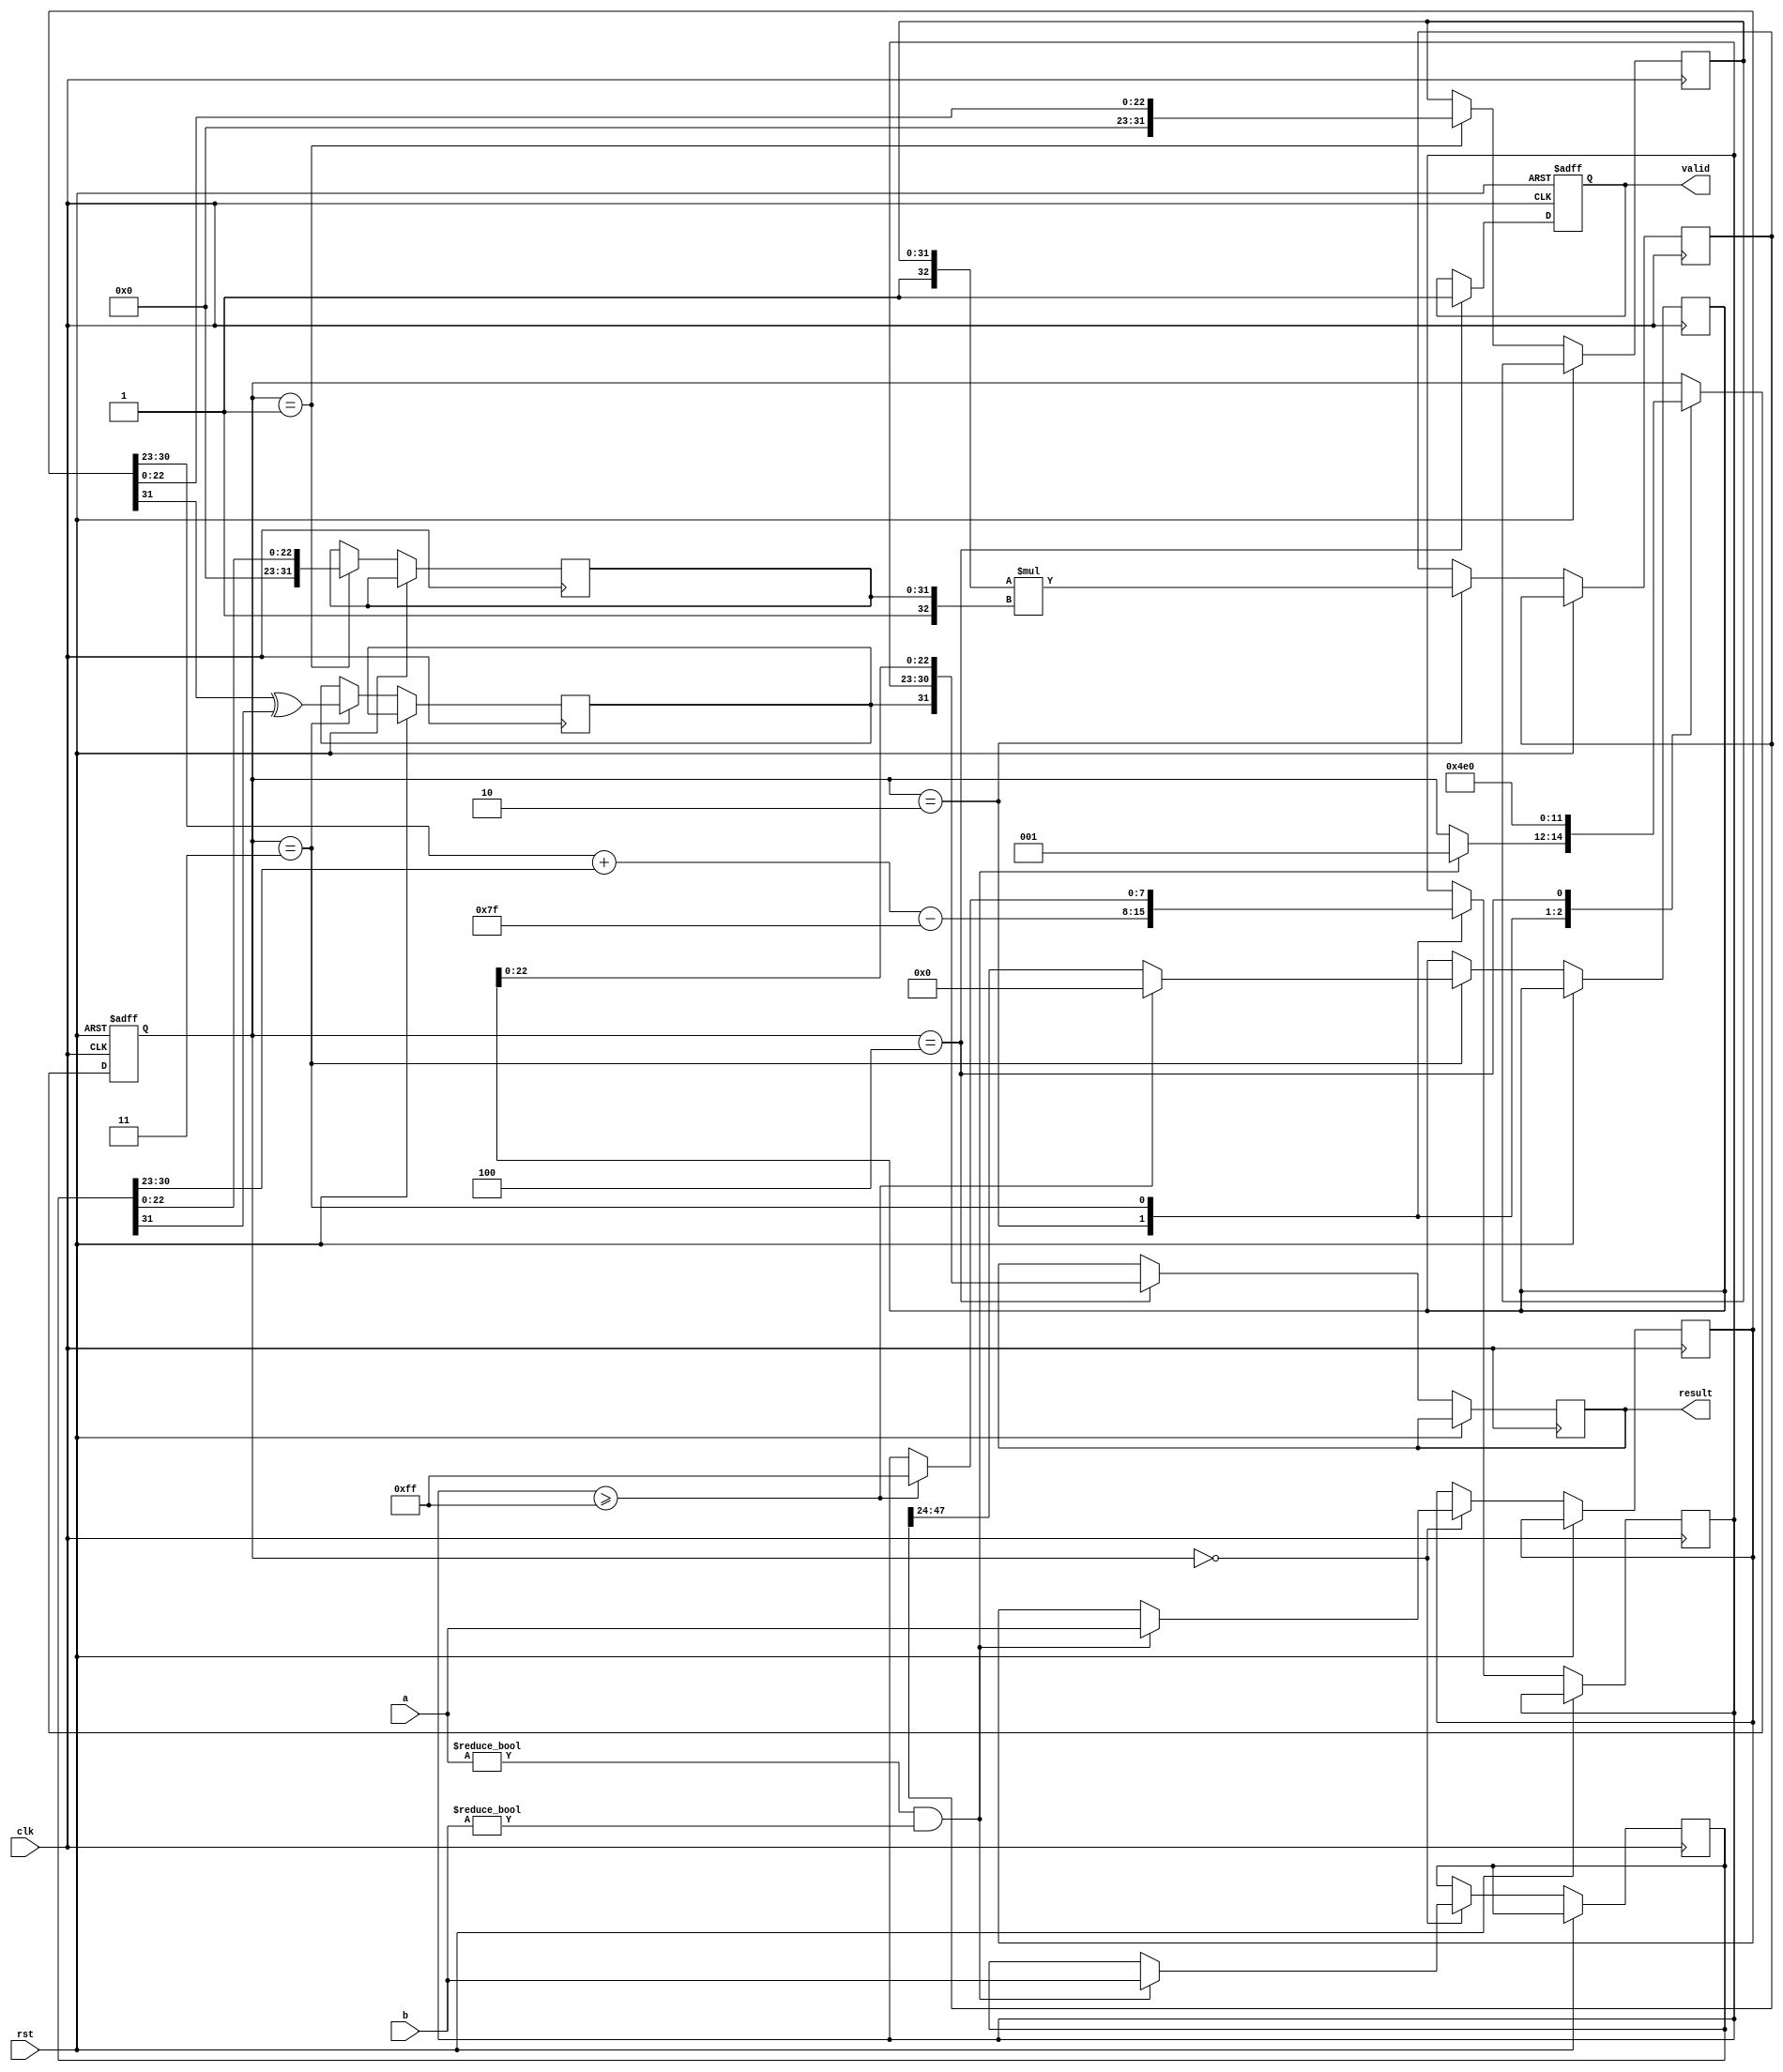
module pipelined_fp_multiplier (
    input clk,
    input rst,
    input [31:0] a, // First operand
    input [31:0] b, // Second operand
    output reg [31:0] result, // Result of multiplication
    output reg valid // Indicates when the result is valid
);

    // Pipeline registers
    reg [31:0] stage1_a, stage1_b; // Input stage
    reg [31:0] stage2_m1, stage2_m2; // Normalization stage
    reg [47:0] stage3_product; // Multiplication stage
    reg [7:0] stage4_exponent; // Exponent calculation stage
    reg [23:0] stage5_mantissa; // Normalization output stage
    reg stage5_sign; // Sign output stage

    // Constants
    localparam EXPONENT_BIAS = 127;

    // Control signals
    reg [2:0] state; // State for pipeline control
    localparam IDLE = 3'b000, STAGE1 = 3'b001, STAGE2 = 3'b010, STAGE3 = 3'b011, STAGE4 = 3'b100, STAGE5 = 3'b101;

    // State machine for pipeline control
    always @(posedge clk or posedge rst) begin
        if (rst) begin
            state <= IDLE;
            valid <= 0;
        end else begin
            case (state)
                IDLE: begin
                    if (a != 0 && b != 0) begin
                        stage1_a <= a;
                        stage1_b <= b;
                        state <= STAGE1;
                    end
                end
                STAGE1: begin
                    // Input stage
                    stage2_m1 <= stage1_a[22:0]; // Mantissa of a
                    stage2_m2 <= stage1_b[22:0]; // Mantissa of b
                    state <= STAGE2;
                end
                STAGE2: begin
                    // Normalization stage
                    // Here we assume mantissas are already normalized
                    stage3_product <= {1'b1, stage2_m1} * {1'b1, stage2_m2}; // Multiply mantissas
                    stage4_exponent <= stage1_a[30:23] + stage1_b[30:23] - EXPONENT_BIAS; // Exponent calculation
                    state <= STAGE3;
                end
                STAGE3: begin
                    // Multiplication stage
                    // The product is already calculated in stage3_product
                    // Check for overflow
                    if (stage4_exponent >= 255) begin
                        stage5_sign <= stage1_a[31] ^ stage1_b[31]; // Set sign for overflow
                        stage5_mantissa <= 0; // Set mantissa to 0 for overflow
                        stage4_exponent <= 255; // Set exponent to max for overflow
                    end else begin
                        // Normalize the product if necessary
                        // This is a simplified normalization step
                        stage5_mantissa <= stage3_product[47:24]; // Take the upper 24 bits
                        stage5_sign <= stage1_a[31] ^ stage1_b[31]; // Set sign
                    end
                    state <= STAGE4;
                end
                STAGE4: begin
                    // Output stage
                    result <= {stage5_sign, stage4_exponent, stage5_mantissa[22:0]}; // Combine sign, exponent, and mantissa
                    valid <= 1; // Indicate result is valid
                    state <= IDLE; // Go back to idle
                end
            endcase
        end
    end

endmodule